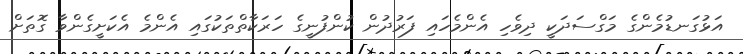
އަޅުގަނޑުމެންގެ މަގްސަދަކީ ދިވެހި އެންމެހައި ފަރުދުން ކުންފުނީގެ ހަރަކާތްތަކުގައި އެންމެ އެކަށީގެންވާ ގޮތަށް